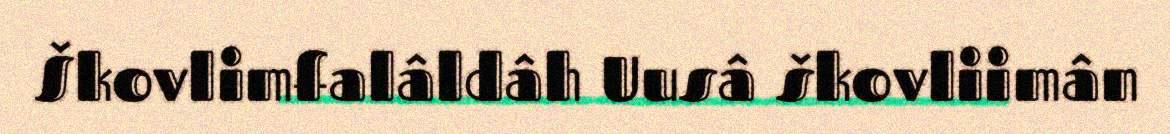
Škovlimfalâldâh Uusâ škovliimân